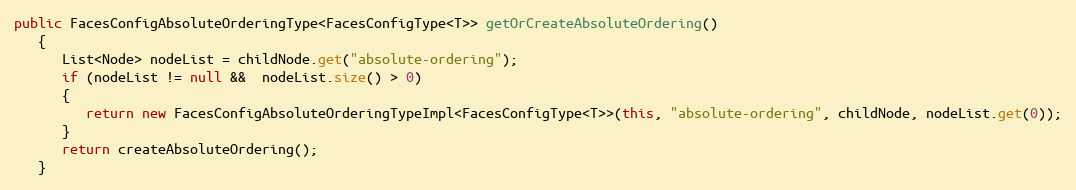
Language: Java
public FacesConfigAbsoluteOrderingType<FacesConfigType<T>> getOrCreateAbsoluteOrdering()
   {
      List<Node> nodeList = childNode.get("absolute-ordering");
      if (nodeList != null &&  nodeList.size() > 0)
      {
         return new FacesConfigAbsoluteOrderingTypeImpl<FacesConfigType<T>>(this, "absolute-ordering", childNode, nodeList.get(0));
      }
      return createAbsoluteOrdering();
   }